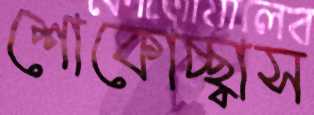
শোকোচ্ছ্বাস